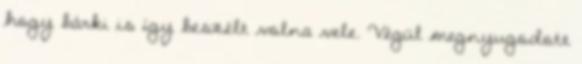
hogy bárki is így beszélt volna vele. Végül megnyugodott